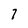
Character: 7